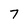
Character: 7